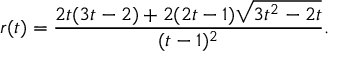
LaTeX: r ( t ) = \frac { 2 t ( 3 t - 2 ) + 2 ( 2 t - 1 ) \sqrt { 3 t ^ { 2 } - 2 t } } { ( t - 1 ) ^ { 2 } } .